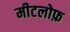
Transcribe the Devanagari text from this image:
मीटलोफ़